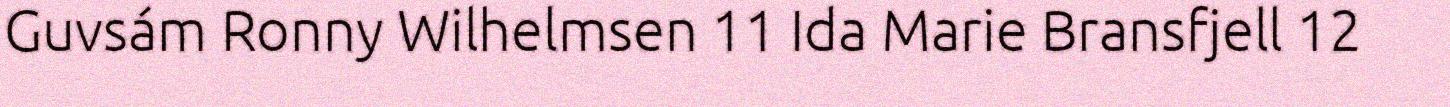
Guvsám Ronny Wilhelmsen 11 Ida Marie Bransfjell 12